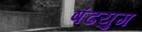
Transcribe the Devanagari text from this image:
षंढयुग